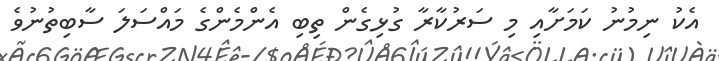
އެކު ނިމުނު ކަމަށާއި މި ސަރުކާރާ ގުޅިގެން ތިބި އެންމެންގެ މައްސަލަ ސާބިތުނުވެ